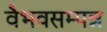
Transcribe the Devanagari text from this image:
वैभवसम्पन्न